65_HS1-834228961_62-HQ-83894_Section_2
Agency: FBI
Page 77
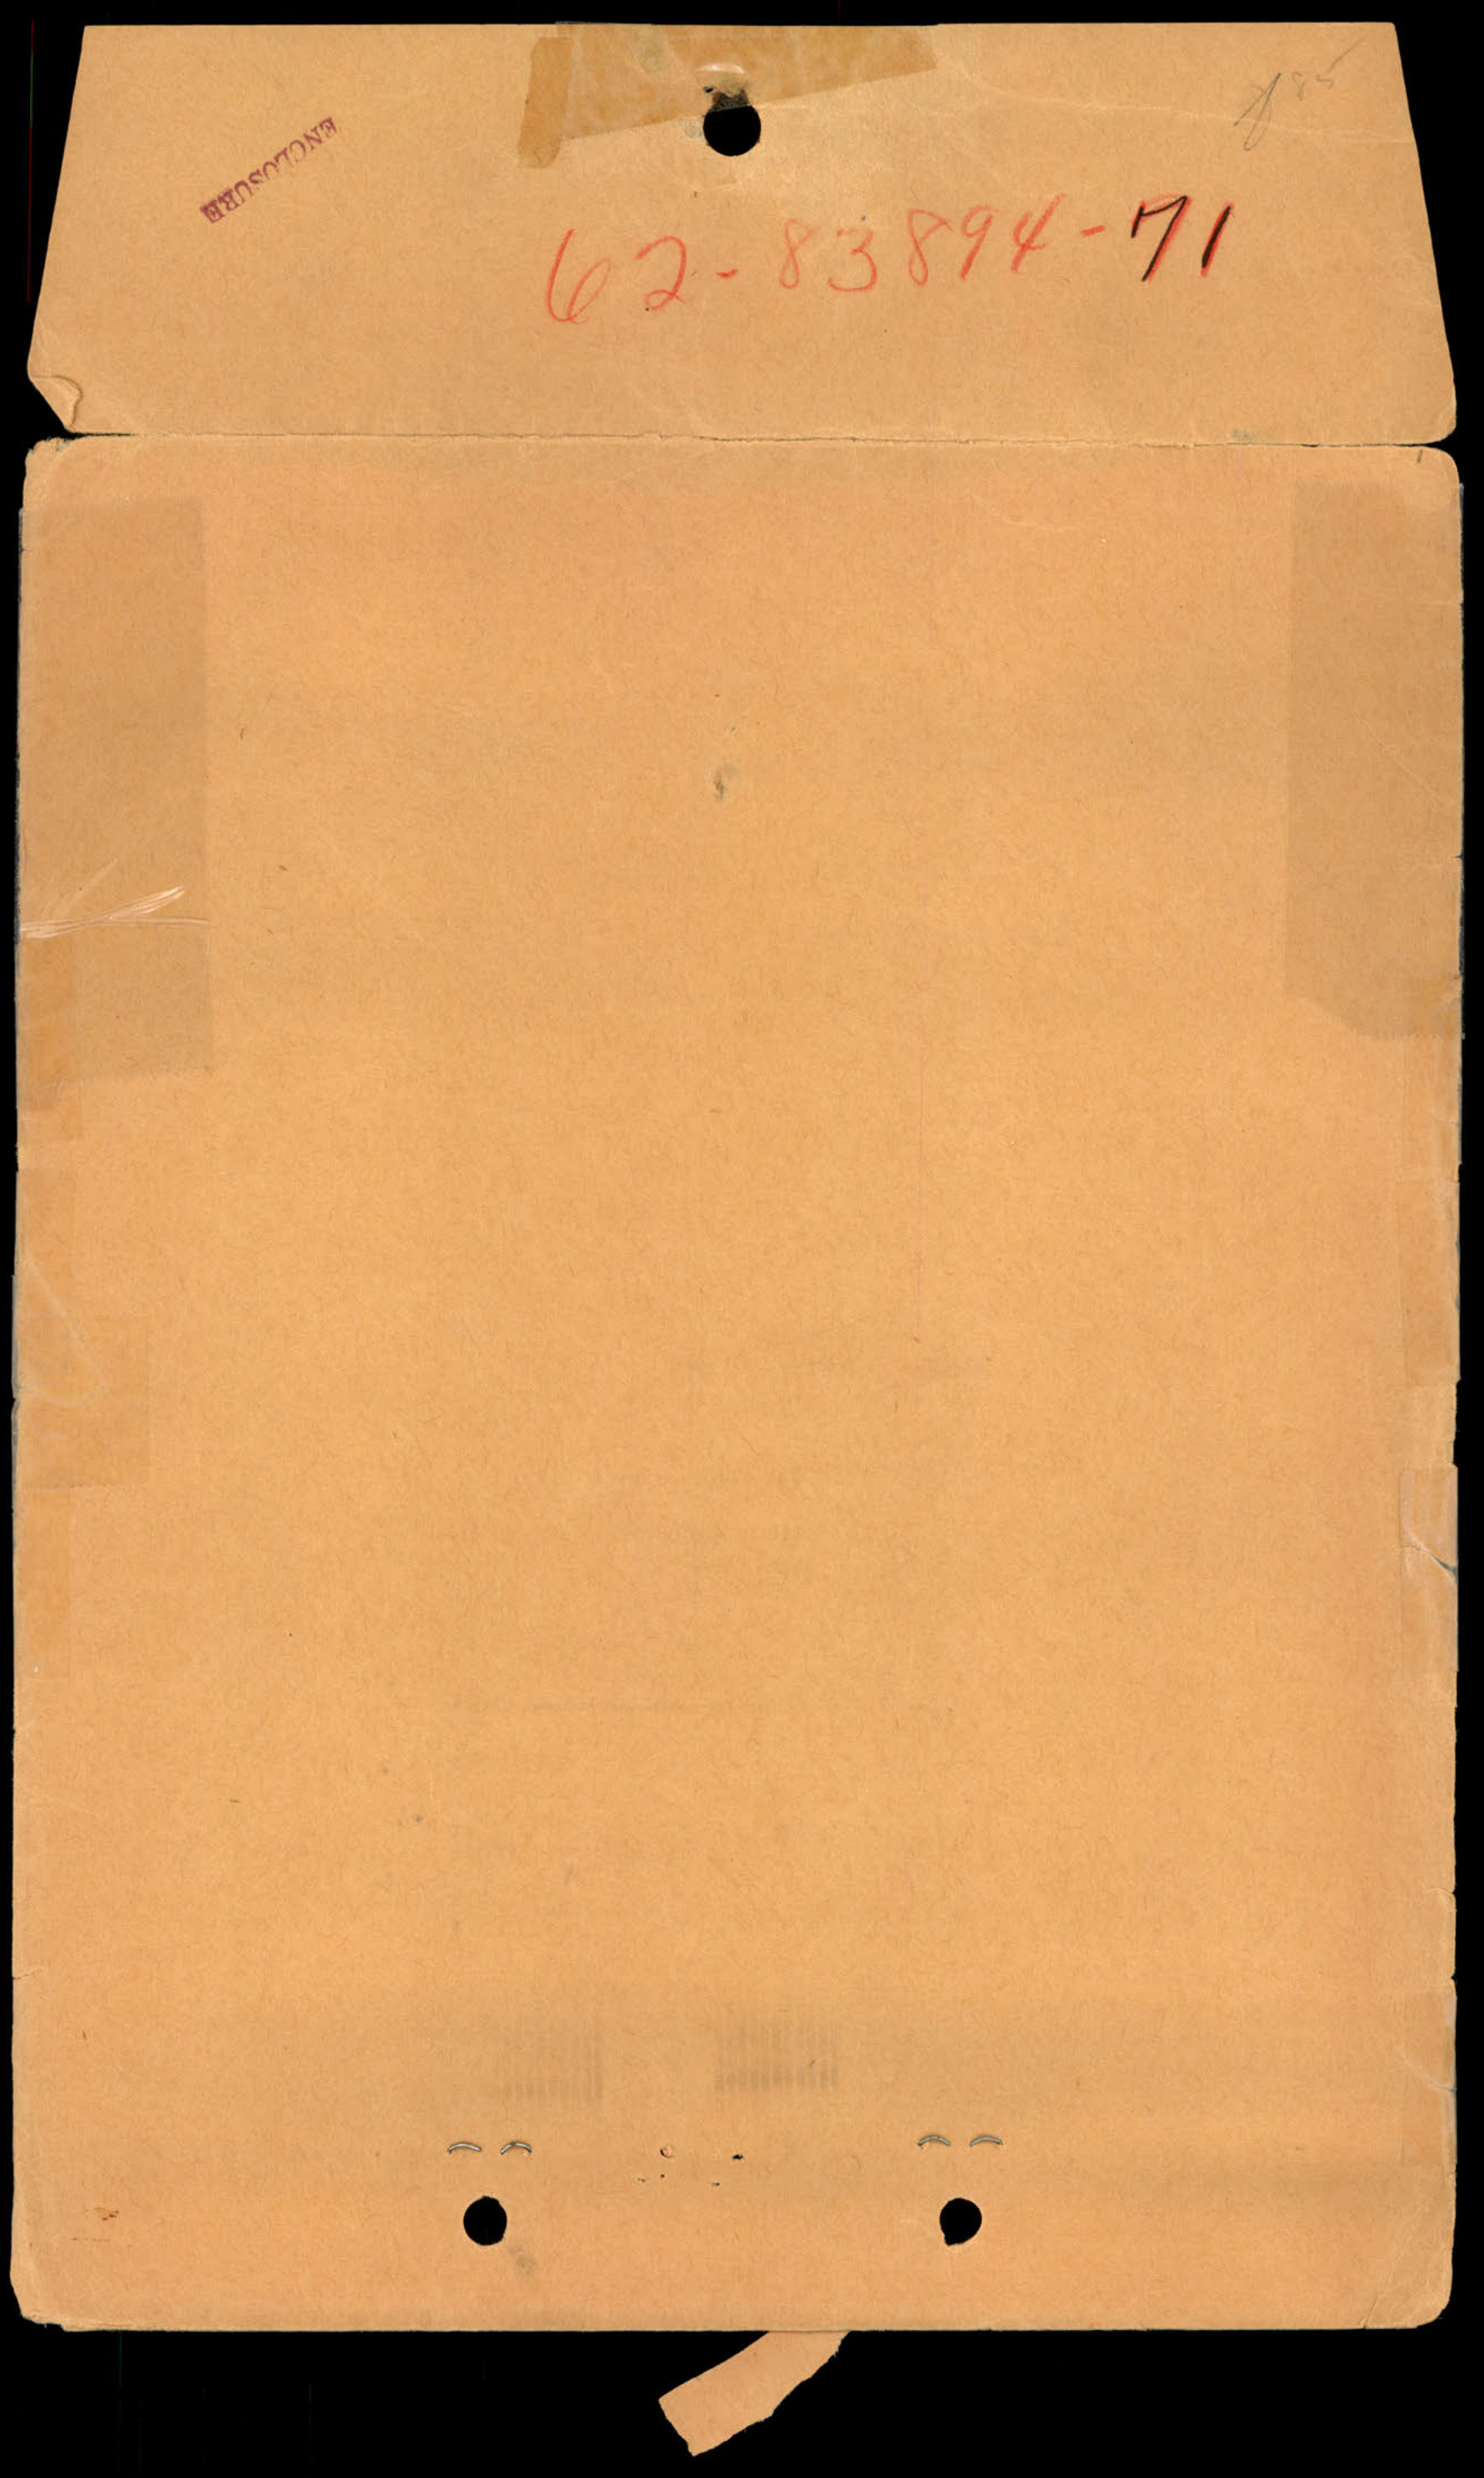